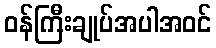
ဝန်ကြီးချုပ်အပါအဝင်